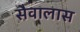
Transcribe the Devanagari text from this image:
सैवालास